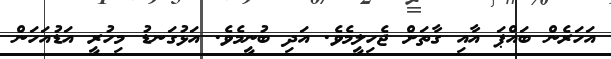
އަހަރެން ބައްޕަ އާއި ގާތަށް ޖެހިލީމެވެ. އަދި ބުނީމެވެ. އަޅުގަނޑު މިހުރީ އަޑުއަހަން